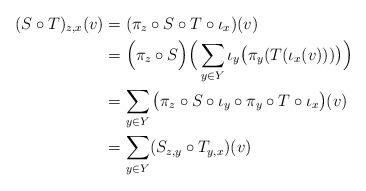
LaTeX: \begin{align*}(S\circ T)_{z, x}(v)&=(\pi_z\circ S\circ T\circ\iota_x)(v)\\&=\Big(\pi_z\circ S\Big)\Big(\sum_{y\in Y}\iota_y\big(\pi_y(T(\iota_x(v)))\big)\Big)\\&=\sum_{y\in Y}\big(\pi_z\circ S\circ\iota_y\circ\pi_y\circ T\circ\iota_x\big)(v)\\&=\sum_{y\in Y}(S_{z, y}\circ T_{y, x})(v)\end{align*}